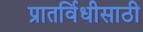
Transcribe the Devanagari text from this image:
प्रातर्विधीसाठी